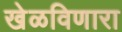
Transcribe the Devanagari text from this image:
खेळविणारा